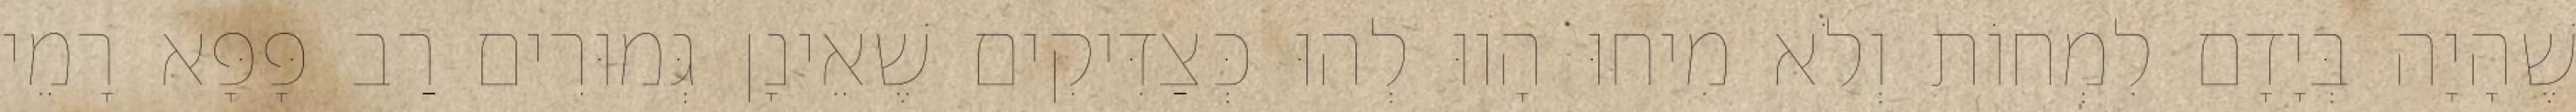
שֶׁהָיָה בְּיָדָם לִמְחוֹת וְלֹא מִיחוּ הָווּ לְהוּ כְּצַדִּיקִים שֶׁאֵינָן גְּמוּרִים רַב פָּפָּא רָמֵי